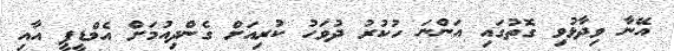
އޭނާ ވިދާޅުވި ގޮތުގައި އަންނަ ހުކުރު ދުވަހު ކުރިއަށް ގެންދިއުމަށް އެމްޑީޕީ އާއި